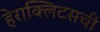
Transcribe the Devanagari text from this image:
हेराक्लिटसची